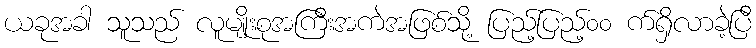
ယခုအခါ သူသည် လူမျိုးစုအကြီးအကဲအဖြစ်သို့ ပြည့်ပြည့်၀၀ က်ရှိလာခဲ့ပြီ